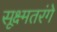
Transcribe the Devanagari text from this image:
सूक्ष्मतरंगे